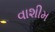
વાશીમ